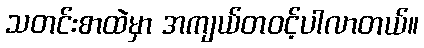
သတင်းစာထဲမှာ အကျယ်တဝင့်ပါလာတယ်။